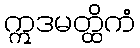
ဣဒမတ္ထိကံ